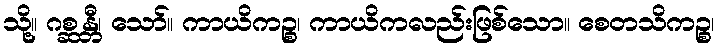
သို့။ ဂစ္ဆန္တီ၊ သော်။ ကာယိကဉ္စ၊ ကာယိကလည်းဖြစ်သော။ စေတသိကဉ္စ၊